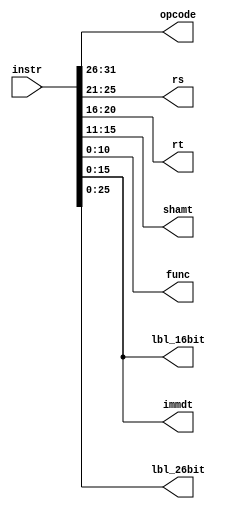
`timescale 1ns / 1ps

module decoder(
	input [31:0] instr,
	output [5:0] opcode,
	output [4:0] rs,
	output [4:0] rt,
	output [4:0] shamt,
	output [10:0] func,
	output [15:0] immdt,
	output [25:0] lbl_26bit,
	output [15:0] lbl_16bit
   );
	
	assign opcode = instr[31:26];
	assign rs = instr[25:21];
	assign rt = instr[20:16];
	assign shamt = instr[15:11];
	assign func = instr[10:0];
	assign immdt = instr[15:0];
	assign lbl_26bit = instr[25:0];
	assign lbl_16bit = instr[15:0];


endmodule